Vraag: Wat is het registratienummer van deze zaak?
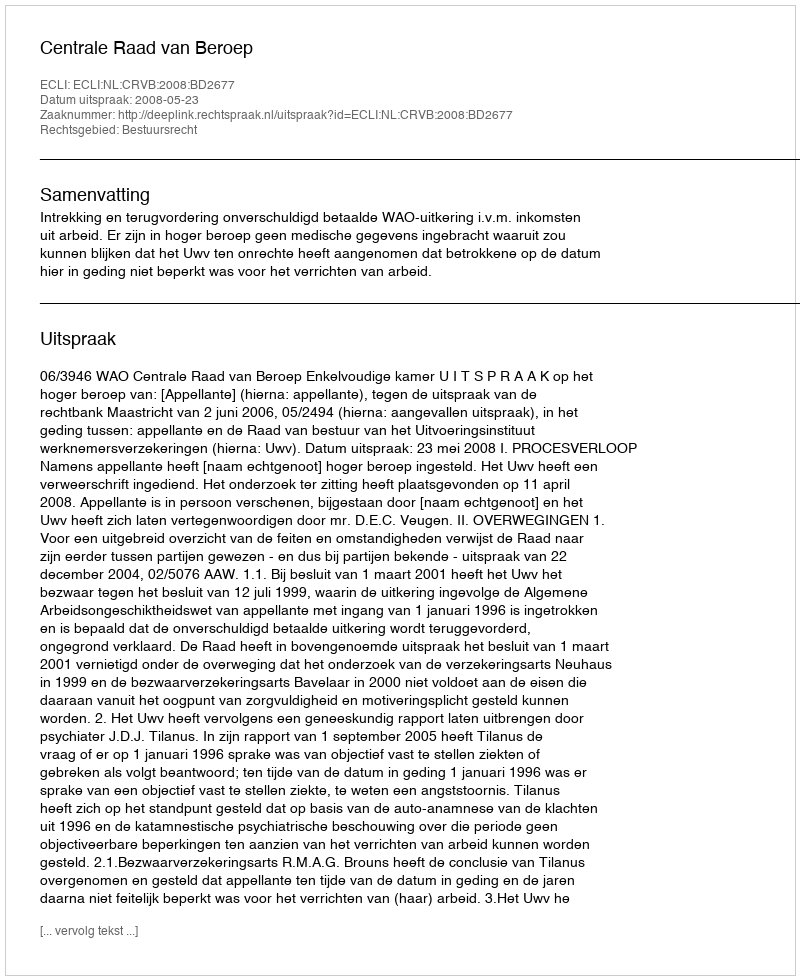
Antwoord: http://deeplink.rechtspraak.nl/uitspraak?id=ECLI:NL:CRVB:2008:BD2677